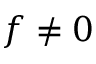
f \neq 0